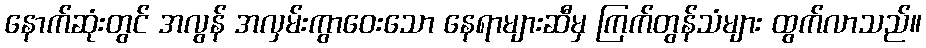
နောက်ဆုံးတွင် အလွန် အလှမ်းကွာဝေးသော နေရာများဆီမှ ကြက်တွန်သံများ ထွက်လာသည်။